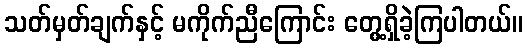
သတ်မှတ်ချက်နှင့် မကိုက်ညီကြောင်း တွေ့ရှိခဲ့ကြပါတယ်။